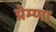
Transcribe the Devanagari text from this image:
प्रेम्णा